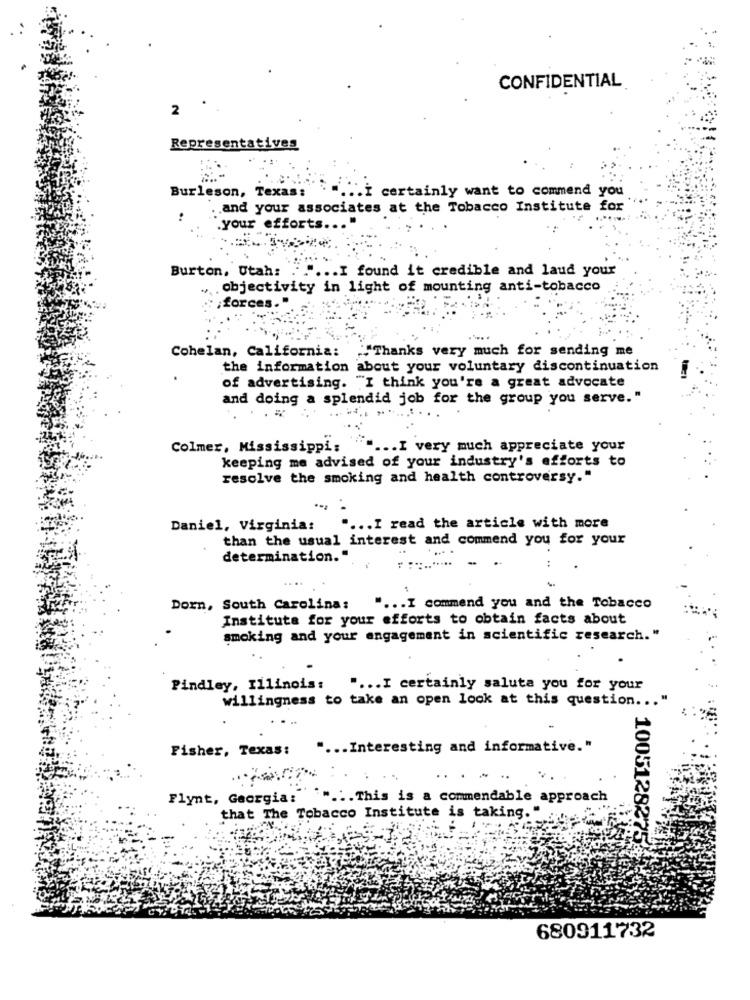
CONFIDENTIAL
2
Representatives
Burleson, Texas:
*=... i certainly want to commend y
. . and your associates at the Tobacco Institute for
.your efforts ...
Burton, Utah:
..... I found it credible and laud your
„objectivity in light of mounting anti-tobacco
,forces."
Thanks very much for sending me
Cohelan, California:
the information about your voluntary discontinuation
of advertising. ""I think you're a great advocate
and doing a splendid job for the group you serve."
Colmer, Mississippi:
... I very much appreciate your
keeping me advised of your industry's efforts to
resolve the smoking and health controversy."
Daniel, Virginia:
... I read the article with more
than the usual interest and commend you for your
determination."
..
Dorn, South Carolina:
" ... I commend you and the Tobacco
Institute for your efforts to obtain facts about
smoking and your engagement in scientific research."
Pindley, Illinois:
" ... I certainly salute you for your
willingness to take an open look at this question ...
Fisher, Texas:
" ... Interesting and informative."
Flynt, Georgia:
""" .:. This is a commendable approach
that The Tobacco Institute is taking."
100512827
680911732